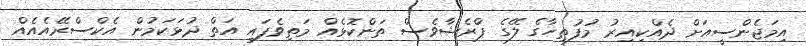
އިމަޖެންސީއަށް ދެއްކިއިރު މުފުތިހާގެ ލޭގެ ޕްރެޝާވެސް ތަންކޮޅެއް މަތިވެފައި އަތް ދުޅަކަމުން އެކްސްރޭއެއެއް